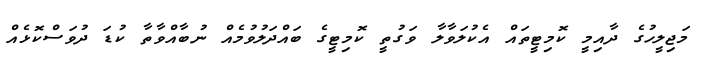
މަޖިލީހުގެ ދާއިމީ ކޮމިޓީތައް އެކުލަވާލާ ވަގުތީ ކޮމިޓީގެ ބައްދަލުވުމެއް ނުބާއްވާތާ ކުޑަ ދުވަސްކޮޅެއް